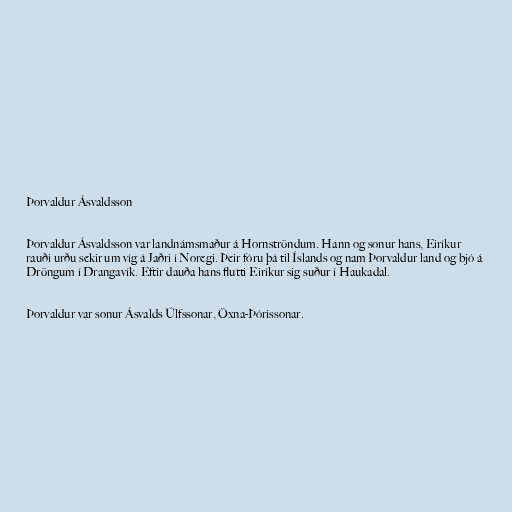
Þorvaldur Ásvaldsson

Þorvaldur Ásvaldsson var landnámsmaður á Hornströndum. Hann og sonur hans, Eiríkur
rauði urðu sekir um víg á Jaðri í Noregi. Þeir fóru þá til Íslands og nam Þorvaldur land og bjó á
Dröngum í Drangavík. Eftir dauða hans flutti Eiríkur sig suður í Haukadal.

Þorvaldur var sonur Ásvalds Úlfssonar, Öxna-Þórissonar.